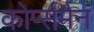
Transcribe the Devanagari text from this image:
कोर्प्समैन